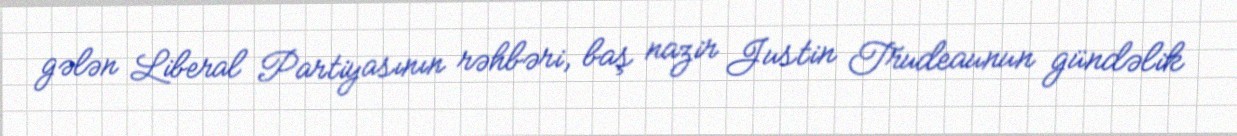
gələn Liberal Partiyasının rəhbəri, baş nazir Justin Trudeaunun gündəlik